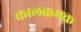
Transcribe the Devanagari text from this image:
कालक्रमक